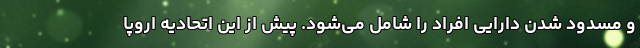
و مسدود شدن دارایی افراد را شامل می‌شود. پیش از این اتحادیه اروپا